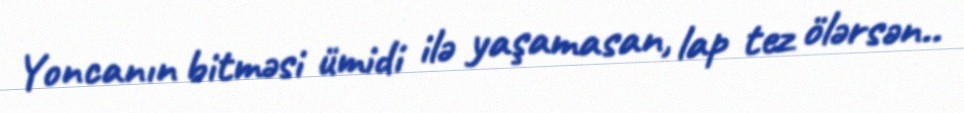
Yoncanın bitməsi ümidi ilə yaşamasan, lap tez ölərsən..